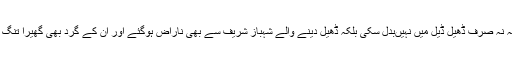
چنانچہ نہ صرف ڈھیل ڈیل میں نہیںبدل سکی بلکہ ڈھیل دینے والے شہباز شریف سے بھی ناراض ہوگئے اور ان کے گرد بھی گھیرا تنگ ہوگیا۔